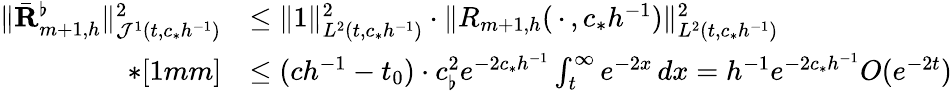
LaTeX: \begin{array}{rl}{\| \bar{\mathbf R}_{m+1,h}^{\flat}\| _{{\mathcal J}^{1}(t,c_{*}h^{-1})}^{2}}&{\leq\| 1\| _{L^{2}(t,c_{*}h^{-1})}^{2}\cdot\| R_{m+1,h}(\, \cdot\, ,c_{*}h^{-1})\| _{L^{2}(t,c_{*}h^{-1})}^{2}}\\ {*[1mm]}&{\leq(ch^{-1}-t_{0})\cdot c_{\flat}^{2}e^{-2c_{*}h^{-1}}\int_{t}^{\infty}e^{-2x}\, dx=h^{-1}e^{-2c_{*}h^{-1}}O(e^{-2t})}\end{array}